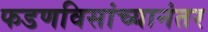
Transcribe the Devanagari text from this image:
फडणविसांच्यानंतर